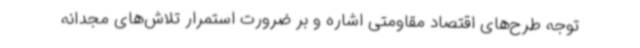
توجه طرح‌های اقتصاد مقاومتی اشاره و بر ضرورت استمرار تلاش‌های مجدانه